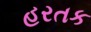
હરતક